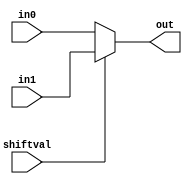
`timescale 1ns/1ps

module mux2_1(
    output [7:0] out, 
    input [7:0] in0,
    input [7:0] in1,
    input shiftval
) ;

assign out = shiftval ? in1 : in0 ;

endmodule